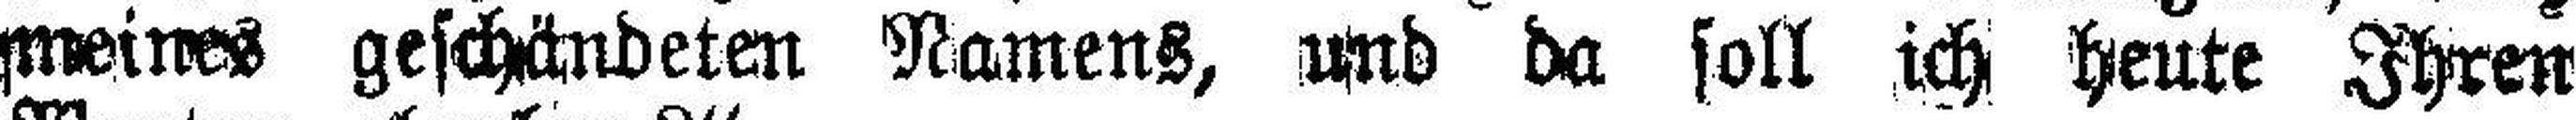
meines geschändeten Namens, und da soll ich heute Ihren